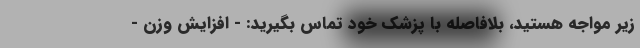
زیر مواجه هستید، بلافاصله با پزشک خود تماس بگیرید: - افزایش وزن -